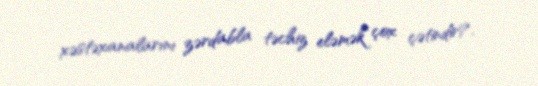
xəstəxanalarını zərdabla təchiz eləmək çox çətindir?.